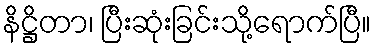
နိဋ္ဌိတာ၊ ပြီးဆုံးခြင်းသို့ရောက်ပြီ။